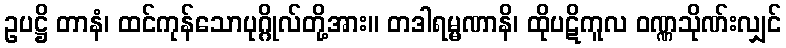
ဥပဋ္ဌိ တာနံ၊ ထင်ကုန်သောပုဂ္ဂိုလ်တို့အား။ တဒါရမ္မဏာနိ၊ ထိုပဋိကူလ ဝဏ္ဏသိုဏ်းလျှင်